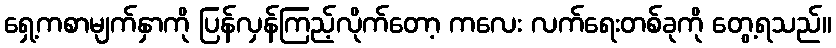
ရှေ့ကစာမျက်နှာကို ပြန်လှန်ကြည့်လိုက်တော့ ကလေး လက်ရေးတစ်ခုကို တွေ့ရသည်။